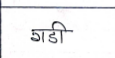
मजकूर: गडी